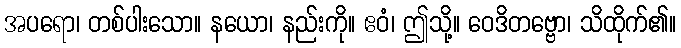
အပရော၊ တစ်ပါးသော။ နယော၊ နည်းကို။ ဧဝံ၊ ဤသို့။ ဝေဒိတဗ္ဗော၊ သိထိုက်၏။